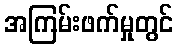
အကြမ်းဖက်မှုတွင်